Annual vaccination report of Bihar and Orissa - 1911-1928
Year: 1911
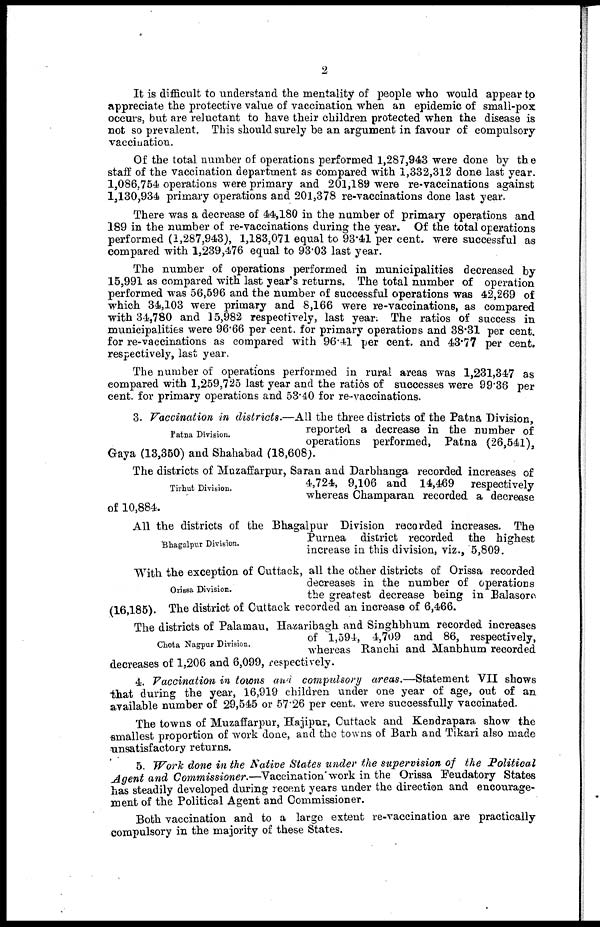
2
It is difficult to understand the mentality of people who would appear to
appreciate the protective value of vaccination when an epidemic of small-pox
occurs, but are reluctant to have their children protected when the disease is
not so prevalent. This should surely be an argument in favour of compulsory
vaccination.
Of the total number of operations performed 1,287,943 were done by the
staff of the vaccination department as compared with 1,332,312 done last year.
1,086,754 operations were primary and 201,189 were re-vaccinations against
1,130,934 primary operations and 201,378 re-vaccinations done last year.
There was a decrease of 44,180 in the number of primary operations and
189 in the number of re-vaccinations during the year. Of the total operations
performed (1,287,943), 1,183,071 equal to 93.41 per cent. were successful as
compared with 1,239,476 equal to 93.03 last year.
The number of operations performed in municipalities decreased by
15,991 as compared with last year's returns. The total number of operation
performed was 56,596 and the number of successful operations was 42,269 of
which 34,103 were primary and 8,166 were re-vaccinations, as compared
with 34,780 and 15,982 respectively, last year. The ratios of success in
municipalities were 96.66 per cent. for primary operations and 38.31 per cent.
for re-vaccinations as compared with 96.41 per cent. and 43.77 per cent.
respectively, last year.
The number of operations performed in rural areas was 1,231,347 as
compared with 1,259,725 last year and the ratios of successes were 99.36 per
cent. for primary operations and 53.40 for re-vaccinations.
Patna Division.
3. Vaccination in districts.—All the three districts of the Patna Division,
reported a decrease in the number of
operations performed, Patna (26,541)
Gaya (13,350) and Shahabad (18,608).
Tirhut Division.
The districts of Muzaffarpur, Saran and Darbhanga recorded increases of
4,724, 9,106 and 14,469 respectively
whereas Champaran recorded a decrease
of 10,884.
Bhagalpur Division.
All the districts of the Bhagalpur Division recorded increases. The
Purnea district recorded the highest
increase in this division, viz., 5,809.
Orissa Division.
With the exception of Cuttack, all the other districts of Orissa recorded
decreases in the number of operations
the greatest decrease being in Balasore
(16,185). The district of Cuttack recorded an increase of 6,466.
Chota Nagpur Division.
The districts of Palamau, Hazaribagh and Singhbhum recorded increases
of 1,594, 4,709 and 86, respectively,
whereas Ranchi and Manbhum recorded
decreases of 1,206 and 6,099, respectively.
4. Vaccination in towns and compulsory areas.—Statement VII shows
that during the year, 16,919 children under one year of age, out of an
available number of 29,545 or 57.26 per cent. were successfully vaccinated.
The towns of Muzaffarpur, Hajipur, Cuttack and Kendrapara show the
smallest proportion of work done, and the towns of Barh and Tikari also made
unsatisfactory returns.
5. Work done in the Native States under the supervision of the Political
Agent and Commissioner.—Vaccination work in the Orissa Feudatory States
has steadily developed during recent years under the direction and encourage-
ment of the Political Agent and Commissioner.
Both vaccination and to a large extent re-vaccination are practically
compulsory in the majority of these States.